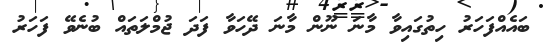
ބައެއްފަހަރު ހިތުގައިވާ މާނަ ނޫން މާނަ ދޭހަވާ ފަދަ ޖުމްލަތައް ބުނެވޭ ފަހަރު